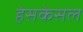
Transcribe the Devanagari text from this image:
हेसकेसल